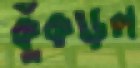
কুঁকড়ল